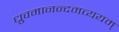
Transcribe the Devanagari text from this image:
ध्रुवमानन्दमव्ययम्